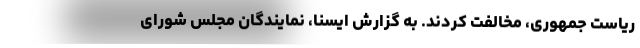
ریاست جمهوری، مخالفت کردند. به گزارش ایسنا، نمایندگان مجلس شورای